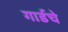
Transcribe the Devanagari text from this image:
गार्डचे